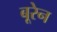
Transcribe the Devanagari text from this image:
बूरेन